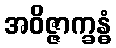
အဝိဇ္ဇာက္ခန္ဓံ